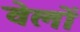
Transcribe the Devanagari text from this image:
वेलों